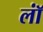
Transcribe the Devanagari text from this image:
लॉं